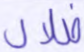
ضلال